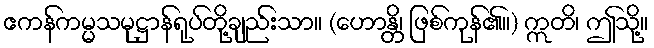
ဧကန်ကမ္မသမုဋ္ဌာန်ရုပ်တို့ချည်းသာ။ (ဟောန္တိ၊ ဖြစ်ကုန်၏။) ဣတိ၊ ဤသို့။